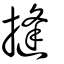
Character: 摓